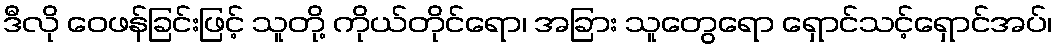
ဒီလို ဝေဖန်ခြင်းဖြင့် သူတို့ ကိုယ်တိုင်ရော၊ အခြား သူတွေရော ရှောင်သင့်ရှောင်အပ်၊